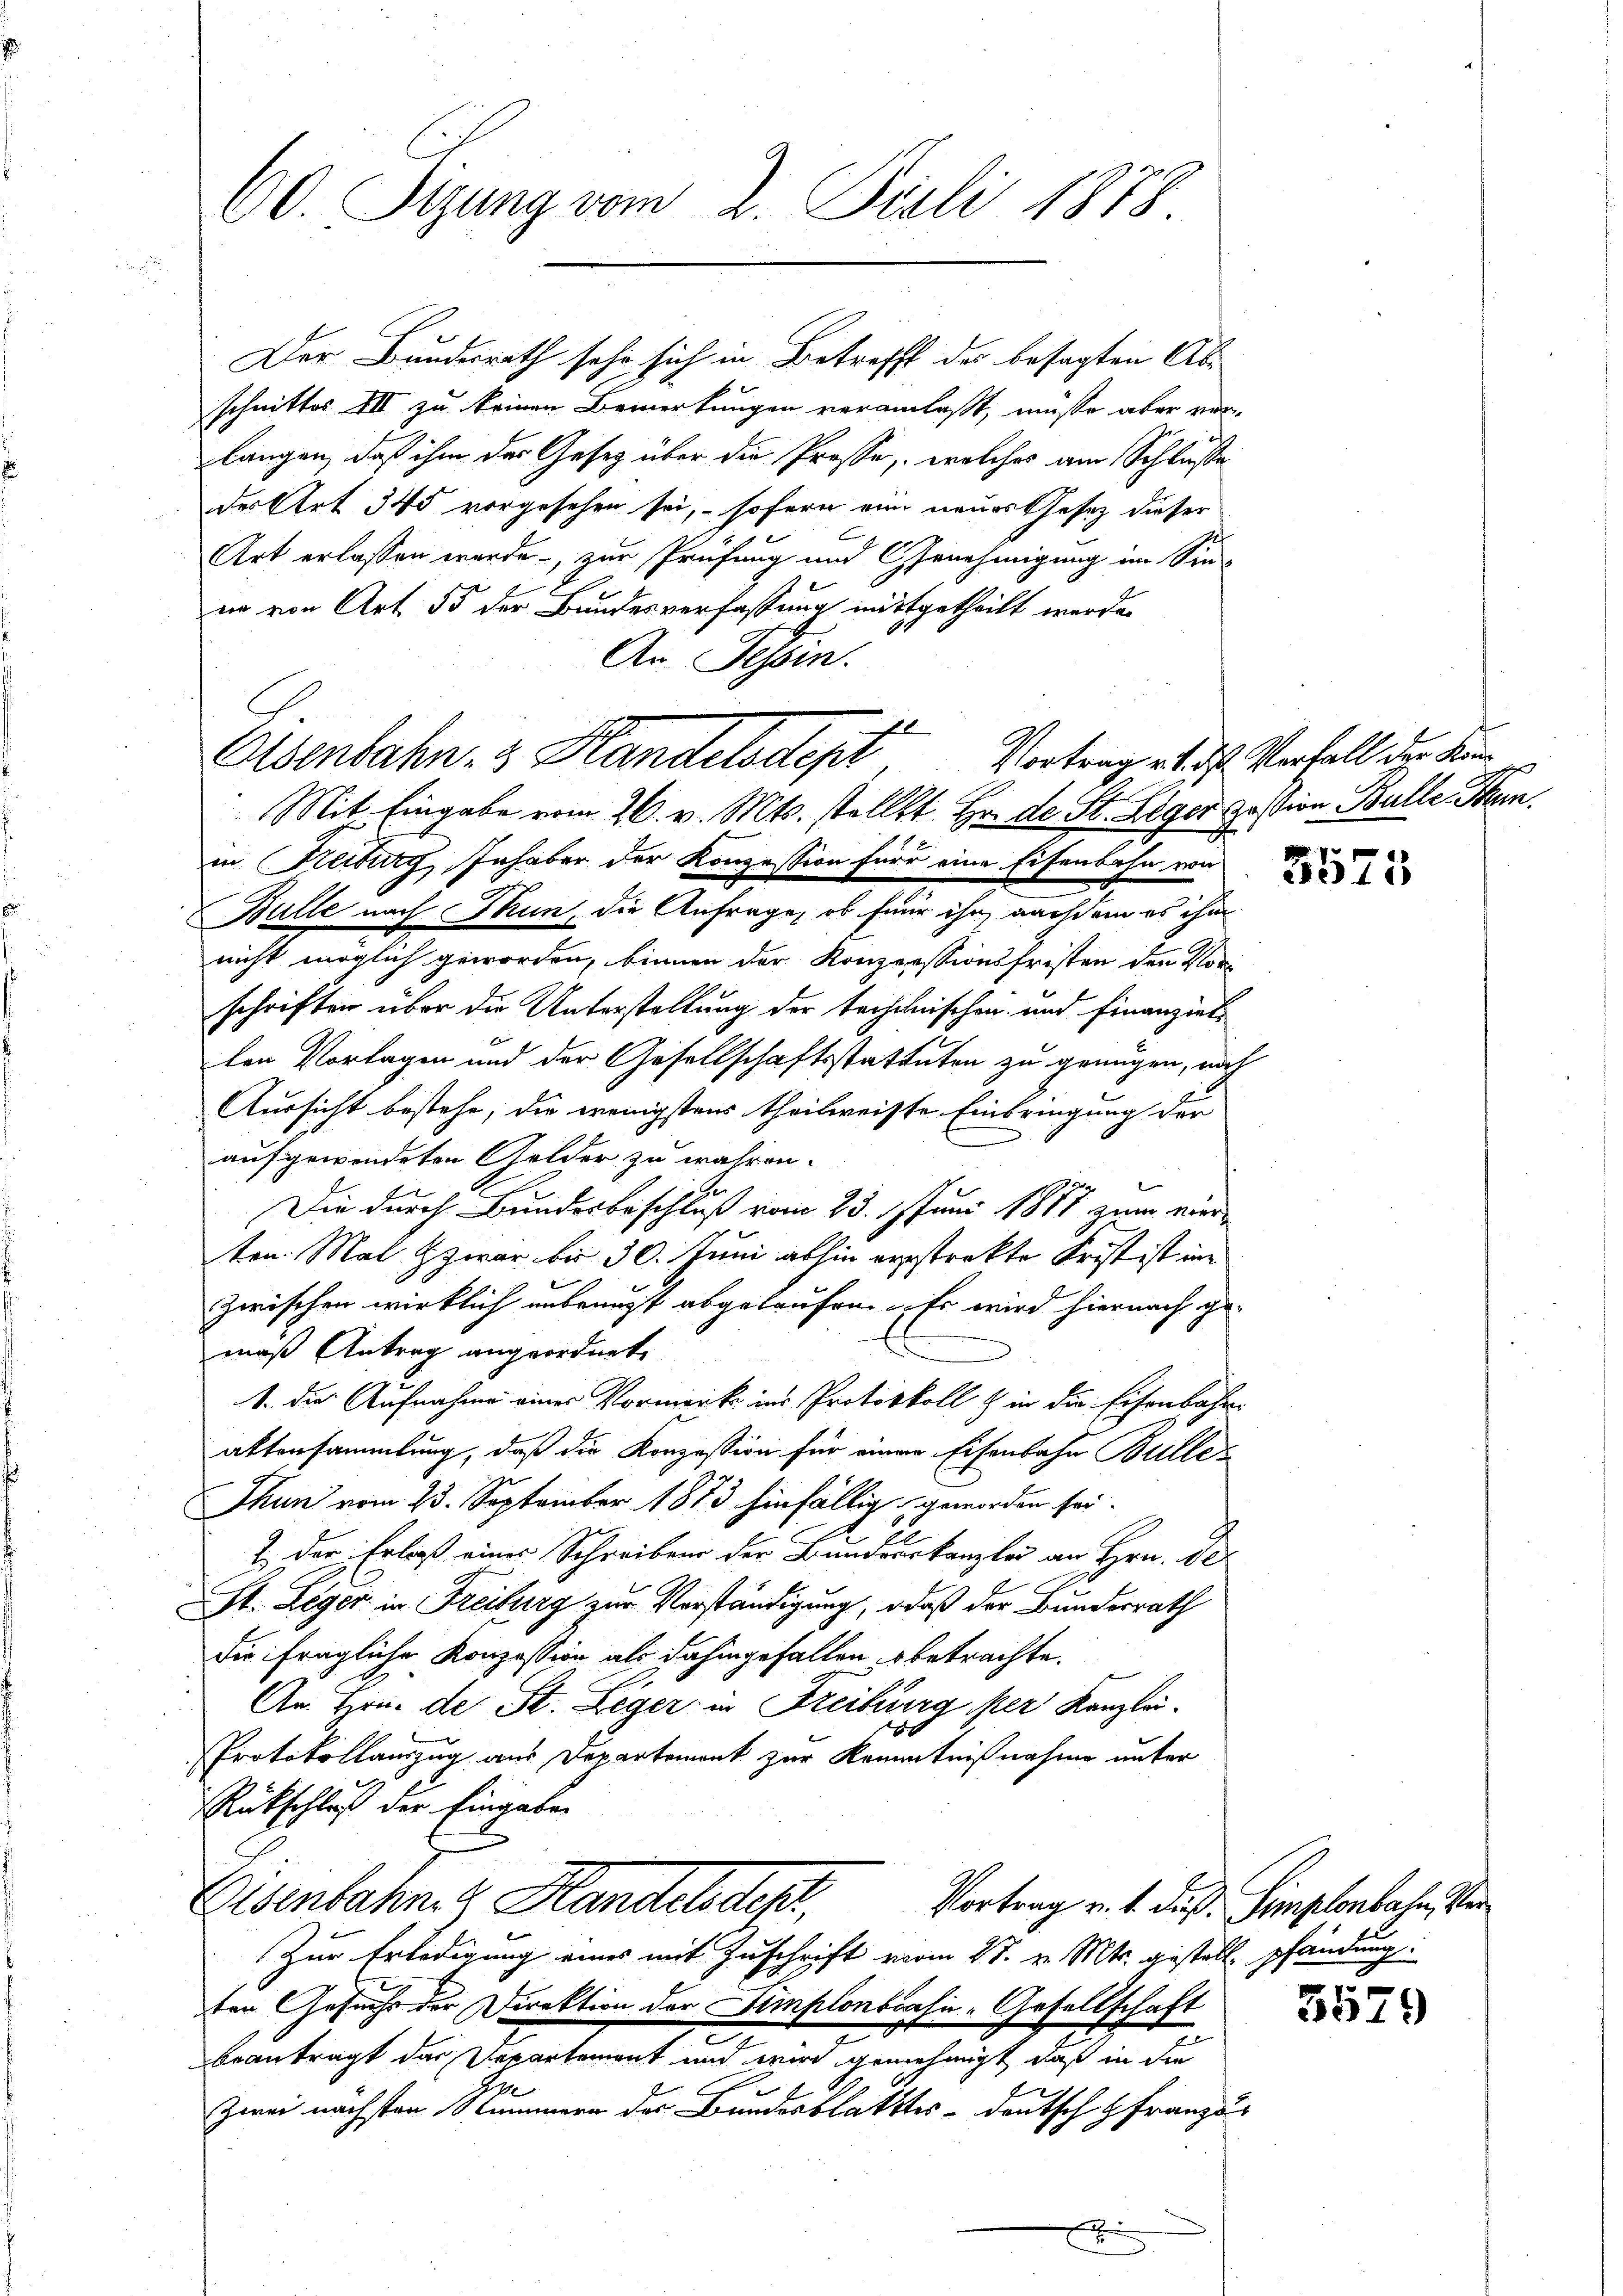
60. Sizung vom 2. Juli 1878.

schnittes III zu keinen Bemerkungen veranlaßt, müsse aber vor-
langen, daß ihm der Gesetz über die Prosse, welches am Schluße
der Art 345 vorgesehen sei, sofern nun neues Gesetz dieser
Art erlassen wurde, zur Prüfung und Genehmigung im Sin-
er von Art. 55 der Bundesverfassung mitgetheilt werde.
An Tessin.

Alsenbahn- & Handelsdept Vortrag d. h. Verfall der dein
Mit Eingabe vom 26. v. Mts. stellt Hr. de St. Leger possion Bulle, Thun.

Der Bundesrath sehr sich in Betreff des besagten Ab¬

in Freiburg, Inhaber der Konzession für eine Eisenbahn von
Bulle nach Thun, die Anfrage, ob für ihn, nach ein es ihm
nicht möglich geworden, binnen der Konzessionsfristen den Vor-
schriften über die Unterstellung der techanischen und Finanziel
len Vorlagen und der Gesellschaftsstatteten zu genügen, nach
Aussicht bestehe, die wenigstens theilweiste Einbringung der
aufgewendeten Gelder zu währen.
e
Die durch Bundesbeschluß vom 23. Juni 1887 zum vierten. Mal zwar bis 30. Juni abhin ausstrakte Frist ist im
zwischen wirklich unbeauft abgelaufen. Es wird hiernach ge-
maß Antrag angeordnete
1. die Aufnahme eines Vormerke ins Protokkoll & in die Eisenbahn-
aktensammlung, daß die Konzession für einen Eisenbahn Bulle¬
Thun vom 23. September 1873 hinfällig geworden sei.
7. Der Erlaß eines Schreiben der Bundverkanzlei an Hrn. D
St. Leger in Freiburg zur Vorständigung, daß der Bundesrath
die fragliche Konzession als dahingefallen betrachte.
An Hrn. de St. Leger in Freiburg per Kanzlei-
x
Protokollauszug aus Departemont zur Kenntnißnahme unter
Rückschluß der Eingabe.
Eisenbahn- & Handels des
Vortrag v. 1. dieß. Simplonbahn, Ver
Zur Erledigung eines mit Zuschrift vom 28. v. Mts. gestelle pfändung:
ten Gesuchs der Direktion der Simplonböshi-Gesellschaft
beantragt das Departement und wird genehmigt, daß in die
a
Zwei nächsten Stummern des Bundesblatttes - deutsch Franzus
B

3573

3579